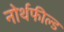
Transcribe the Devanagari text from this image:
नोर्थफील्ड